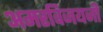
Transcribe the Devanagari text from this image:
अमरविजयजी